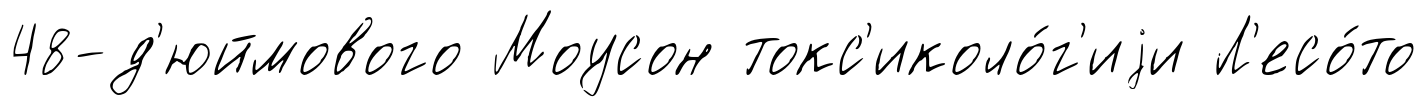
48-д'юймового Моусон токс'иколо́г'иjи Л'есо́то